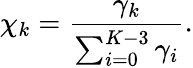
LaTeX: \chi_{k}=\frac{\gamma_{k}}{\sum_{i=0}^{K-3}\gamma_{i}}.